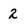
Character: 2